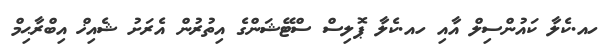
ހއ.ކެލާ ކައުންސިލް އާއި ހއ.ކެލާ ޕޮލިސް ސްޓޭޝަންގެ އިތުރުން އެރަށު ޝެއިޚް އިބްރާޙިމް